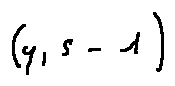
( y , s - 1 )